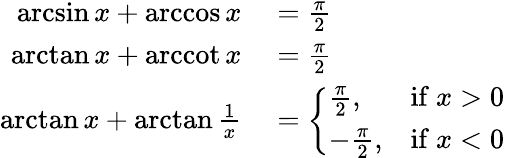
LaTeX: \begin{array}{rl}{\arcsin x+\operatorname{arccos}x}&{{}={\frac{\pi}{2}}}\\ {\arctan x+\operatorname{arccot}x}&{{}={\frac{\pi}{2}}}\\ {\arctan x+\arctan{\frac{1}{x}}}&{{}={\left\{ \begin{array}{ll}{{\frac{\pi}{2}},}&{{\mathrm{if~}}x>0}\\ {-{\frac{\pi}{2}},}&{{\mathrm{if~}}x<0}\end{array}\right.}}\end{array}